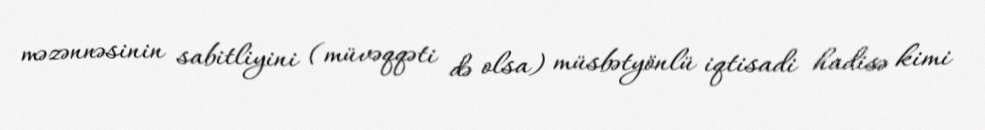
məzənnəsinin sabitliyini (müvəqqəti də olsa) müsbətyönlü iqtisadi hadisə kimi